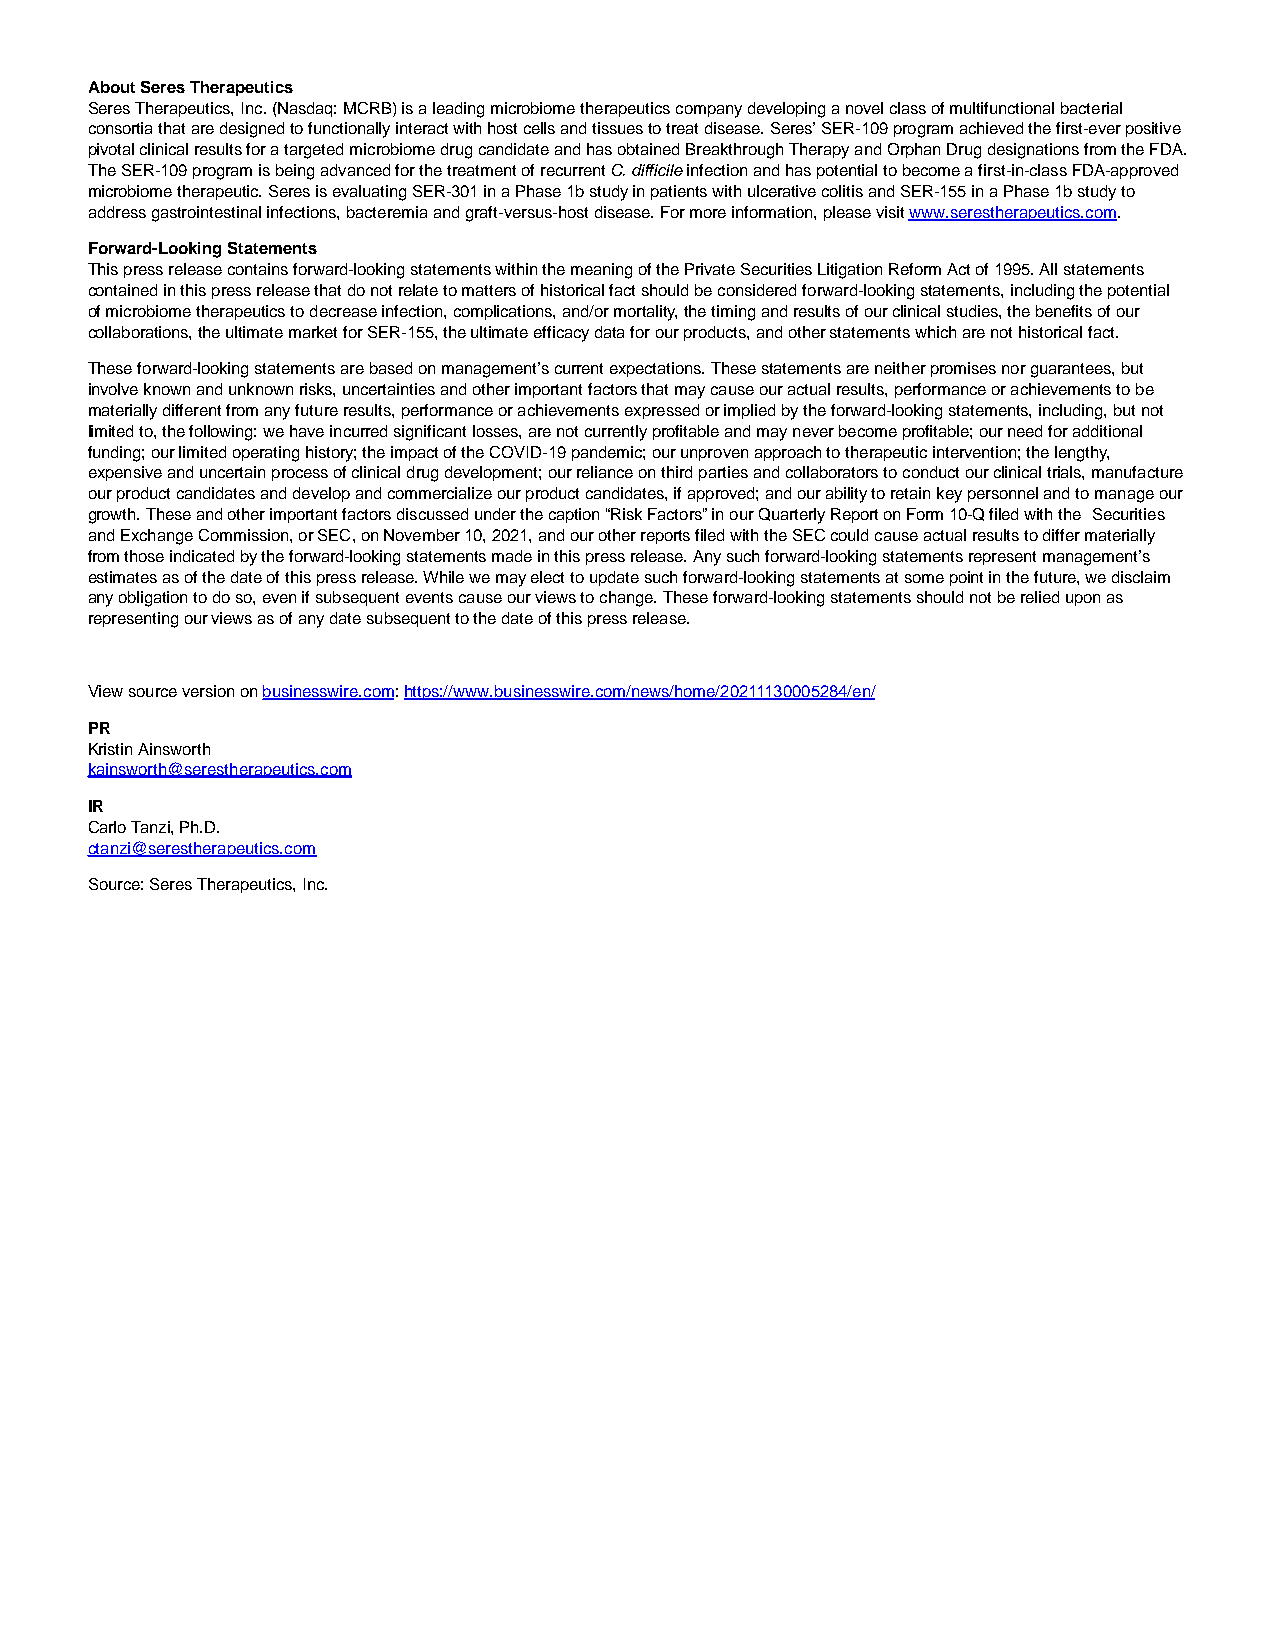
About Seres Therapeutics
 Seres Therapeutics, Inc. (Nasdaq: MCRB) is a leading microbiome therapeutics company developing a novel class of multifunctional bacterial
 consortia that are designed to functionally interact with host cells and tissues to treat disease. Seres’ SER-109 program achieved the first-ever positive
 pivotal clinical results for a targeted microbiome drug candidate and has obtained Breakthrough Therapy and Orphan Drug designations from the FDA.
 The SER-109 program is being advanced for the treatment of recurrent C. difficile infection and has potential to become a first-in-class FDA-approved
 microbiome therapeutic. Seres is evaluating SER-301 in a Phase 1b study in patients with ulcerative colitis and SER-155 in a Phase 1b study to
 address gastrointestinal infections, bacteremia and graft-versus-host disease. For more information, please visit www.serestherapeutics.com.
 Forward-Looking Statements
 This press release contains forward-looking statements within the meaning of the Private Securities Litigation Reform Act of 1995. All statements
 contained in this press release that do not relate to matters of historical fact should be considered forward-looking statements, including the potential
 of microbiome therapeutics to decrease infection, complications, and/or mortality, the timing and results of our clinical studies, the benefits of our
 collaborations, the ultimate market for SER-155, the ultimate efficacy data for our products, and other statements which are not historical fact.
 These forward-looking statements are based on management’s current expectations. These statements are neither promises nor guarantees, but
 involve known and unknown risks, uncertainties and other important factors that may cause our actual results, performance or achievements to be
 materially different from any future results, performance or achievements expressed or implied by the forward-looking statements, including, but not
 limited to, the following: we have incurred significant losses, are not currently profitable and may never become profitable; our need for additional
 funding; our limited operating history; the impact of the COVID-19 pandemic; our unproven approach to therapeutic intervention; the lengthy,
 expensive and uncertain process of clinical drug development; our reliance on third parties and collaborators to conduct our clinical trials, manufacture
 our product candidates and develop and commercialize our product candidates, if approved; and our ability to retain key personnel and to manage our
 growth. These and other important factors discussed under the caption “Risk Factors” in our Quarterly Report on Form 10-Q filed with the Securities
 and Exchange Commission, or SEC, on November 10, 2021, and our other reports filed with the SEC could cause actual results to differ materially
 from those indicated by the forward-looking statements made in this press release. Any such forward-looking statements represent management’s
 estimates as of the date of this press release. While we may elect to update such forward-looking statements at some point in the future, we disclaim
 any obligation to do so, even if subsequent events cause our views to change. These forward-looking statements should not be relied upon as
 representing our views as of any date subsequent to the date of this press release.
 View source version on businesswire.com: https://www.businesswire.com/news/home/20211130005284/en/
 PR
 Kristin Ainsworth
 kainsworth@serestherapeutics.com
 IR
 Carlo Tanzi, Ph.D.
 ctanzi@serestherapeutics.com
 Source: Seres Therapeutics, Inc.